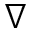
\nabla